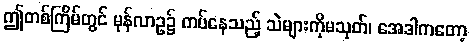
ဤတစ်ကြိမ်တွင် မုန်လာဥ၌ ကပ်နေသည့် သဲများကိုမသုတ်၊ အေဒါကတော့